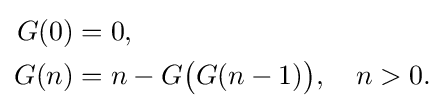
{\begin{aligned}G(0)&=0,\\G(n)&=n-G{\big (}G(n-1){\big )},\quad n>0.\end{aligned}}